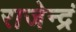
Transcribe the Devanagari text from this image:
राजेन्द्रं